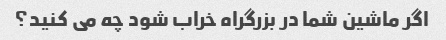
اگر ماشین شما در بزرگراه خراب شود چه می کنید؟